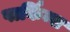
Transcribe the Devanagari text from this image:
पार्किन्स